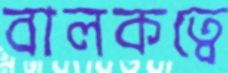
বালকত্বে